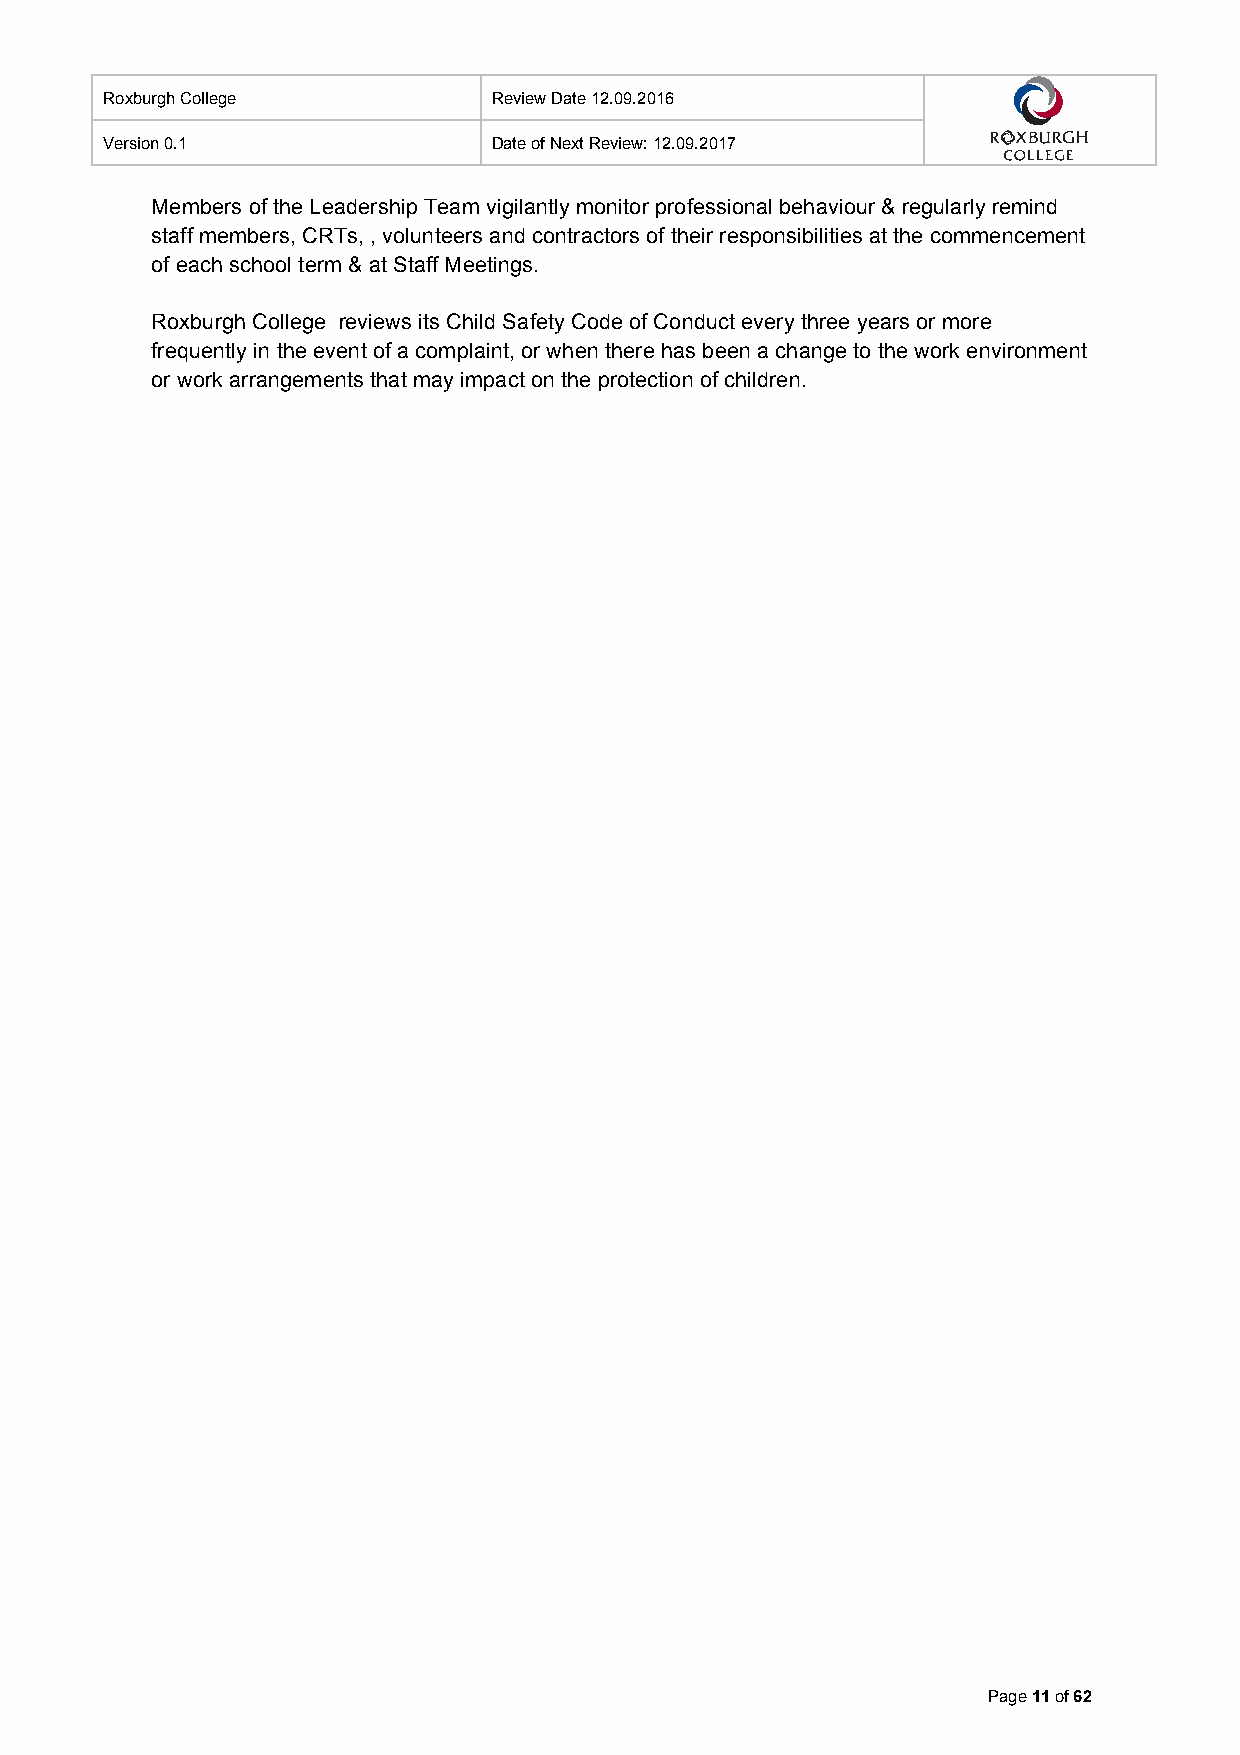
Roxburgh College          Review Date 12.09.2016
 Version 0.1               Date of Next Review: 12.09.2017
 Members of the Leadership Team vigilantly monitor professional behaviour & regularly remind
 staff members, CRTs, , volunteers and contractors of their responsibilities at the commencement
 of each school term & at Staff Meetings.
 Roxburgh College reviews its Child Safety Code of Conduct every three years or more
 frequently in the event of a complaint, or when there has been a change to the work environment
 or work arrangements that may impact on the protection of children.
 Page 11 of 62